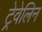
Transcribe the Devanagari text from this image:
ट्रेवेलिन